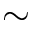
\sim